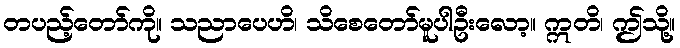
တပည့်တော်ကို။ သညာပေဟိ၊ သိစေတော်မူပါဦးလော့။ ဣတိ၊ ဤသို့။